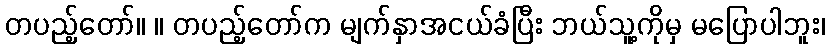
တပည့်တော်။ ။ တပည့်တော်က မျက်နှာအငယ်ခံပြီး ဘယ်သူ့ကိုမှ မပြောပါဘူး၊